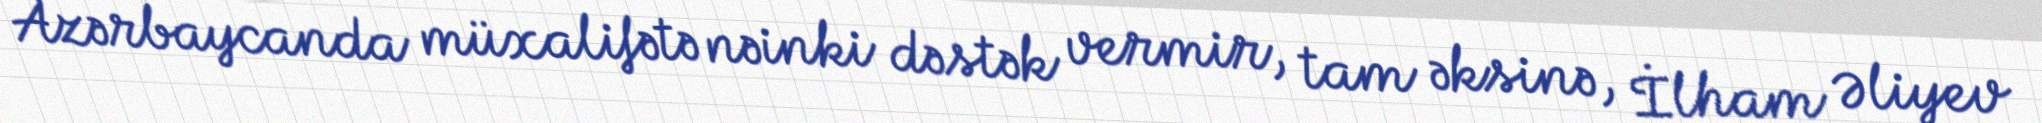
Azərbaycanda müxalifətə nəinki dəstək vermir, tam əksinə, İlham Əliyev